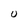
Character: U